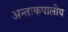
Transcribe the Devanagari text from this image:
अन्तःकपालीय